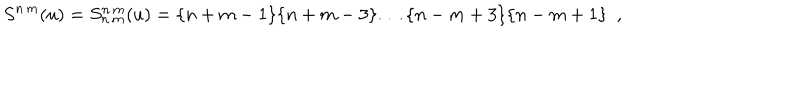
S ^ { n \, m } ( u ) = S _ { n \, m } ^ { n \, m } ( u ) = \{ n + m - 1 \} \{ n + m - 3 \} \dots \{ n - m + 3 \} \{ n - m + 1 \} \, \, \, ,